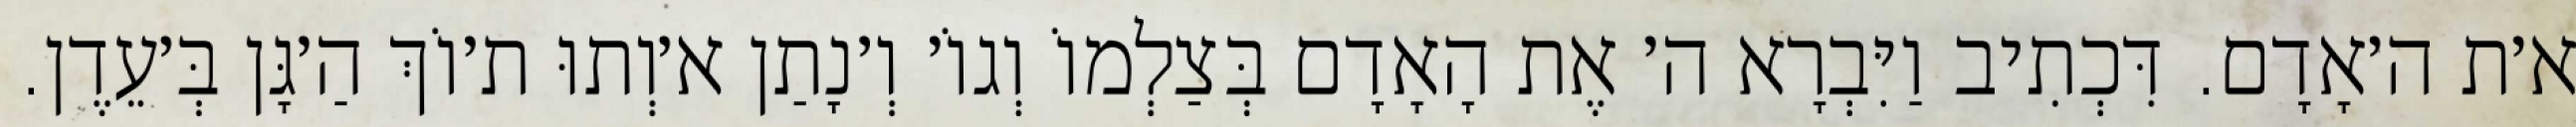
א׳ת ה׳אָדָם. דִּכְתִיב וַיִּבְרָא ה׳ אֶת הָאָדָם בְּצַלְמוֹ וְגוֹ׳ וְ׳נָתַן א׳וְתוּ ת׳וֹךְ הַ׳גָּן בְּ׳עֵדֶן.